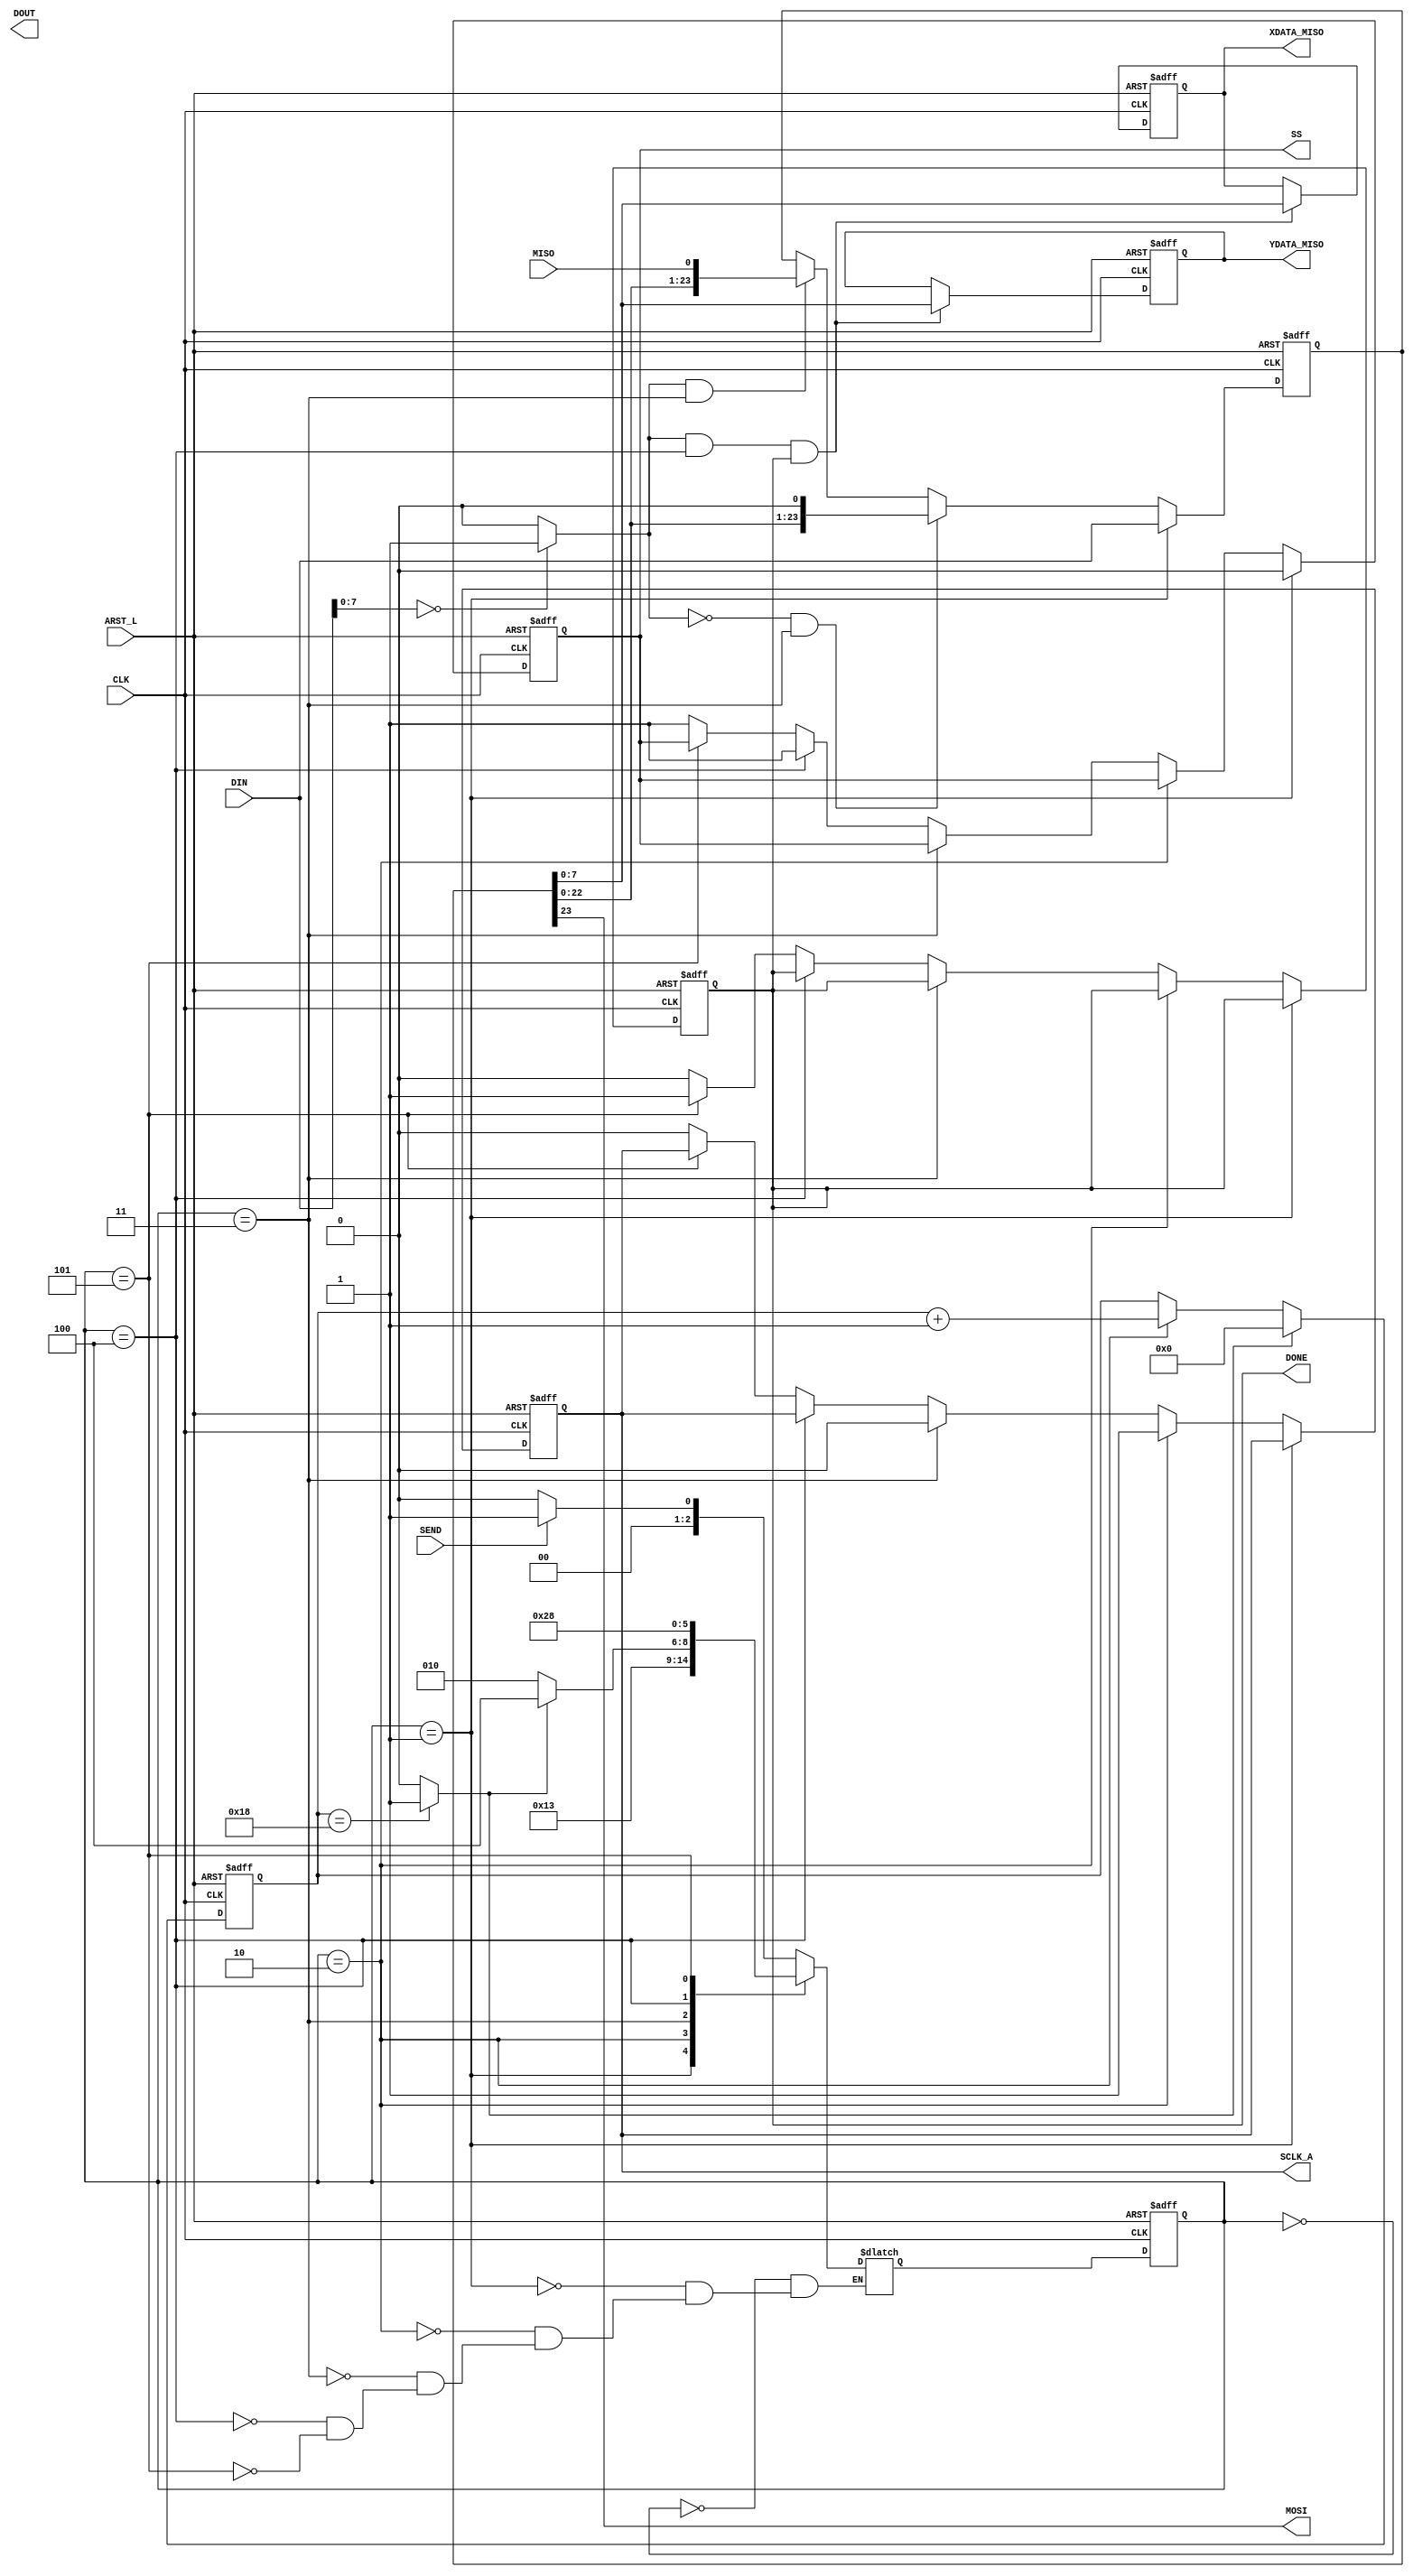
`timescale 1ns / 1ps
//////////////////////////////////////////////////////////////////////////////////
// Company: 
// Engineer: 
// 
// Design Name: 
// Module Name: SPIHandler
// Project Name: 
// Target Devices: 
// Tool Versions: 
// Description: 


//SCLK_A!!!!!!!!!!!!!!!

module SPIHandler(CLK, ARST_L, DIN, DOUT, SEND, DONE, MOSI, MISO, SCLK_A, SS, XDATA_MISO, YDATA_MISO);
input CLK, ARST_L;
input [23:0] DIN;
output [23:0] DOUT;
input SEND;
output DONE;
input MISO;
output MOSI;
output SS, SCLK_A;
output [7:0] XDATA_MISO;
output [7:0] YDATA_MISO;
reg [7:0] XDATA_MISO;
reg [7:0] YDATA_MISO;



wire READNWRITE;
reg [23:0] SPIReg;
wire roll_i;
reg [4:0] count_i;
reg DONE;
reg SS;
reg SCLK_A;

reg [2:0] HandlerReg;
reg [2:0] HandlerNext;
//State machine state names as parameters
parameter [2:0] IDLE_HANDLER = 3'b000;
parameter [2:0] SSLOW = 3'b001;
parameter [2:0] SCLK_AHIGH = 3'b010;
parameter [2:0] SCLK_ALOW = 3'b011;
parameter [2:0] SSHIGH = 3'b100;
parameter [2:0] DONESTROBE = 3'b101;

assign MOSI = SPIReg [23]; //shifting data OUT MSB first

assign READNWRITE = (DIN [7:0] == 8'b00000000) ? 1'b1 : 1'b0;
//READING == 1 when DIN == 0


//SPIReg Shift Register
always@(posedge CLK or negedge ARST_L)
begin
    if (~ARST_L)
        SPIReg <= 24'h000000;
    else if (HandlerReg == SSLOW)
        SPIReg <= DIN;//LOAD SPI REG
    else if ((READNWRITE == 1'b0) && (HandlerReg == SCLK_ALOW))
        SPIReg <= {SPIReg [22:0], 1'b0}; //SHIFT SPI REG
    else if ((READNWRITE == 1'b1) && (HandlerReg == SCLK_ALOW))
        SPIReg <= {SPIReg[22:0], MISO};  //LOAD SPI REG..Maybe shifts?
//    else if (READNWRITE == 1'b0) 
////        SPIReg <= {SPIReg [22:0], 0};

    else;
end       

//MISO!!!
always@(posedge CLK or negedge ARST_L)
if (~ARST_L)
begin
    XDATA_MISO <= 8'b00000000;
    YDATA_MISO <= 8'b00000000;
end
else if ((READNWRITE == 1'b1) && ( HandlerReg == SSHIGH) && (DONE == 1'b1))
begin
    XDATA_MISO <= SPIReg [7:0];
    YDATA_MISO <= SPIReg [7:0];
end
else;

//State Memory
always@(posedge CLK or negedge ARST_L)
if (~ARST_L)
HandlerReg <= IDLE_HANDLER;
else
HandlerReg <= HandlerNext;

//Next State Logic
always@(SEND or roll_i or HandlerReg)
begin
    case(HandlerReg)
        
        IDLE_HANDLER:
            if (SEND == 1'b1)
                HandlerNext <= SSLOW;
            else
                HandlerNext <= IDLE_HANDLER;
                
        SSLOW: 
            HandlerNext <= SCLK_AHIGH;
            
        SCLK_AHIGH:
            HandlerNext <= SCLK_ALOW;
            
        SCLK_ALOW:
            if (roll_i == 1'b1)
                HandlerNext <= SSHIGH;
            else
                HandlerNext <= SCLK_AHIGH;
        SSHIGH:
            HandlerNext <= DONESTROBE;
        DONESTROBE:
            HandlerNext <= IDLE_HANDLER;
           
    endcase
end

//SS and SCLK_A and DONE
always@(posedge CLK or negedge ARST_L)
begin
    if (~ARST_L)
        begin
          DONE <= 1'b0;
          SS <= 1'b1;
          SCLK_A <= 1'b0;
         end
    else if (HandlerReg == SSLOW)
        SS <= 1'b0;
    else if (HandlerReg == SCLK_AHIGH)
        SCLK_A <= 1'b1;
    else if (HandlerReg == SCLK_ALOW)
        SCLK_A <= 1'b0;
    else if (HandlerReg == SSHIGH)
        SS <= 1'b1;
    else if (HandlerReg == DONESTROBE)
        DONE <= 1'b1;
    else
    begin
        DONE <= 1'b0;
        SS <= 1'b1;
        SCLK_A <= 1'b0;
    end
end

//24 count counter!
always@(posedge CLK or negedge ARST_L)
if (~ARST_L)
    count_i <= 5'b00000;
else if (roll_i == 1'b1)
    count_i <= 5'b00000;
else if (HandlerReg == SCLK_AHIGH)
    count_i <= count_i + 1;
else;

assign roll_i = (count_i == 24) ? 1'b1 : 1'b0;

endmodule